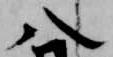
八